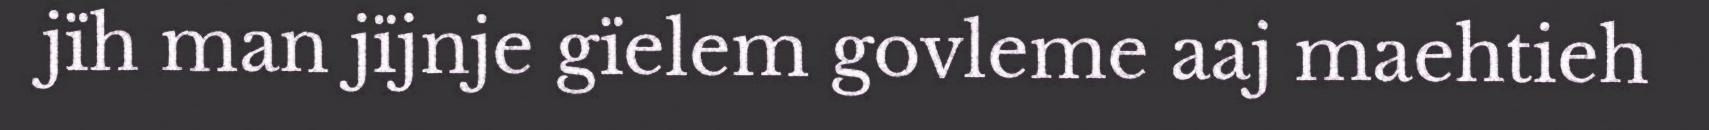
jïh man jïjnje gïelem govleme aaj maehtieh